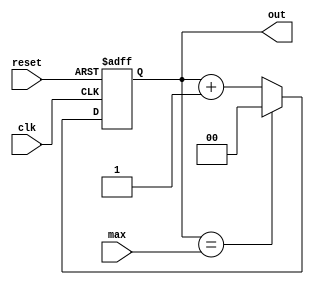
module count(out, clk, max, reset);
   output reg [1:0] out;
	input [1:0] max;
	input clk;
	input wire reset;

	always @(posedge clk or posedge reset) begin
		if (reset) begin
			out <= 0;
		end
		else if(out==max) begin
			out <=0;
		end
		else begin
			out <= out + 1;
		end
	end
	
	
endmodule